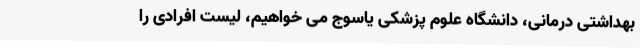
بهداشتی درمانی، دانشگاه علوم پزشکی یاسوج می خواهیم، لیست افرادی را